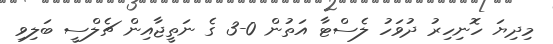
މިދިޔަ ހޮނިހިރު ދުވަހު ލެސްޓާ އަތުން 0-3 ގެ ނަތީޖާއިން ޗެލްސީ ބަލިވި